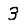
Digit: 3